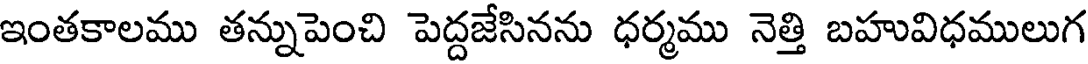
ఇంతకాలము తన్నుపెంచి పెద్దజేసినను ధర్మము నెత్తి బహువిధములుగ